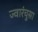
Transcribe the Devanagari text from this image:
ज्वारंचुसा